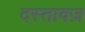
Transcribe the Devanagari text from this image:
दस्तावज़